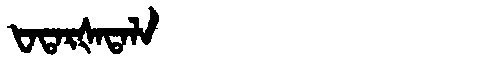
Manchu: ᡶᠠᡨᠠᡵᡧᠠᡨᠠᠯᠠ
Romanization: FATARŠATALA